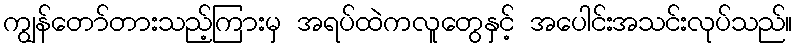
ကျွန်တော်တားသည့်ကြားမှ အရပ်ထဲကလူတွေနှင့် အပေါင်းအသင်းလုပ်သည်။